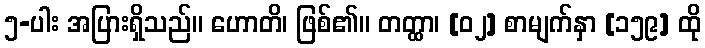
၅-ပါး အပြားရှိသည်။ ဟောတိ၊ ဖြစ်၏။ တတ္ထာ၊ [၀၂] စာမျက်နှာ [၁၅၉] ထို